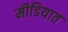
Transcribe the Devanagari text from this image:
मीडियात